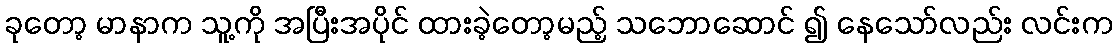
ခုတော့ မာနာက သူ့ကို အပြီးအပိုင် ထားခဲ့တော့မည့် သဘောဆောင် ၍ နေသော်လည်း လင်းက